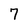
Character: 7